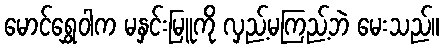
မောင်ရွှေဝါက မနှင်းမြူကို လှည့်မကြည့်ဘဲ မေးသည်။